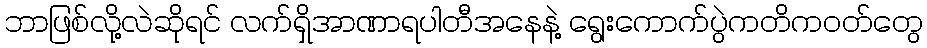
ဘာဖြစ်လို့လဲဆိုရင် လက်ရှိအာဏာရပါတီအနေနဲ့ ရွေးကောက်ပွဲကတိကဝတ်တွေ